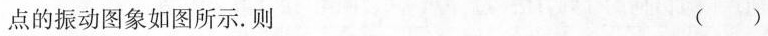
点的振动图像如图所示 . 则 （）